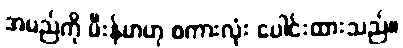
အမည်ကို မီးန်မာဟု စကားလုံး ပေါင်းထားသည်။